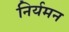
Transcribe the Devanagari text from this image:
निर्यमन